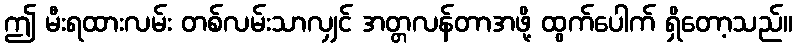
ဤ မီးရထားလမ်း တစ်လမ်းသာလျှင် အတ္တလန်တာအဖို့ ထွက်ပေါက် ရှိတော့သည်။